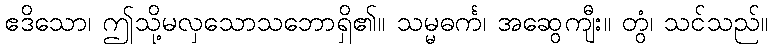
ဧဒိသော၊ ဤသို့မလှသောသဘောရှိ၏။ သမ္မဓင်္က၊ အဆွေကျီး။ တွံ၊ သင်သည်။